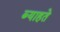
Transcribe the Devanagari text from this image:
ब्याहते